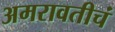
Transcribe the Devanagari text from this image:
अमरावतीचं